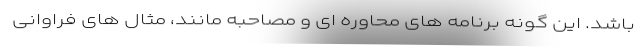
باشد. این گونه برنامه های محاوره ای و مصاحبه مانند، مثال های فراوانی